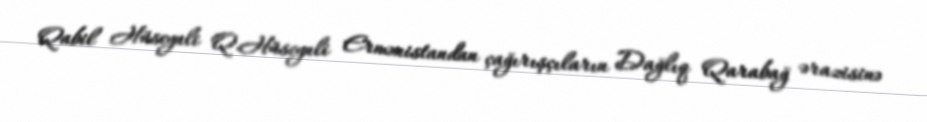
Qabil Hüseynli Q.Hüseynli Ermənistandan çağırışçıların Dağlıq Qarabağ ərazisinə